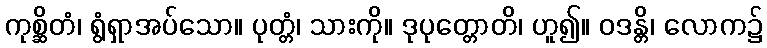
ကုစ္ဆိတံ၊ ရွံရှာအပ်သော။ ပုတ္တံ၊ သားကို။ ဒုပုတ္တောတိ၊ ဟူ၍။ ဝဒန္တိ၊ လောက၌